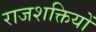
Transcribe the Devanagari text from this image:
राजशक्तियों